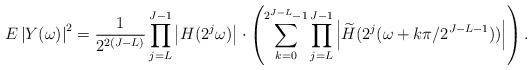
LaTeX: \begin{align*}E\left|Y(\omega)\right|^2={1 \over 2^{2(J-L)}} \prod_{j=L}^{J-1} \left|H(2^j\omega)\right|\cdot \left(\sum_{k=0}^{2^{J-L}-1}\prod_{j=L}^{J-1}\left|\widetilde{H}(2^j(\omega+k\pi/2^{J-L-1}))\right|\right).\end{align*}